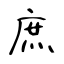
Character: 庶